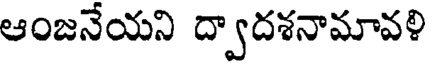
ఆంజనేయని ద్వాదశనామావళి